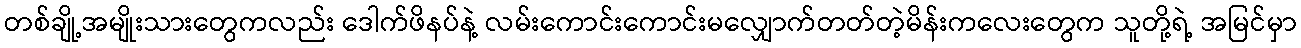
တစ်ချို့အမျိုးသားတွေကလည်း ဒေါက်ဖိနပ်နဲ့ လမ်းကောင်းကောင်းမလျှောက်တတ်တဲ့မိန်းကလေးတွေက သူတို့ရဲ့ အမြင်မှာ